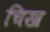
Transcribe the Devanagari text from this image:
चिख